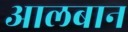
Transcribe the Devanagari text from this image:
आलबान